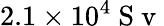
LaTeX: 2.1\times 10^{4}\mathrm{~S~v~}